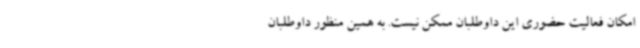
امکان فعالیت حضوری این داوطلبان ممکن نیست. به همین منظور داوطلبان